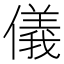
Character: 儀